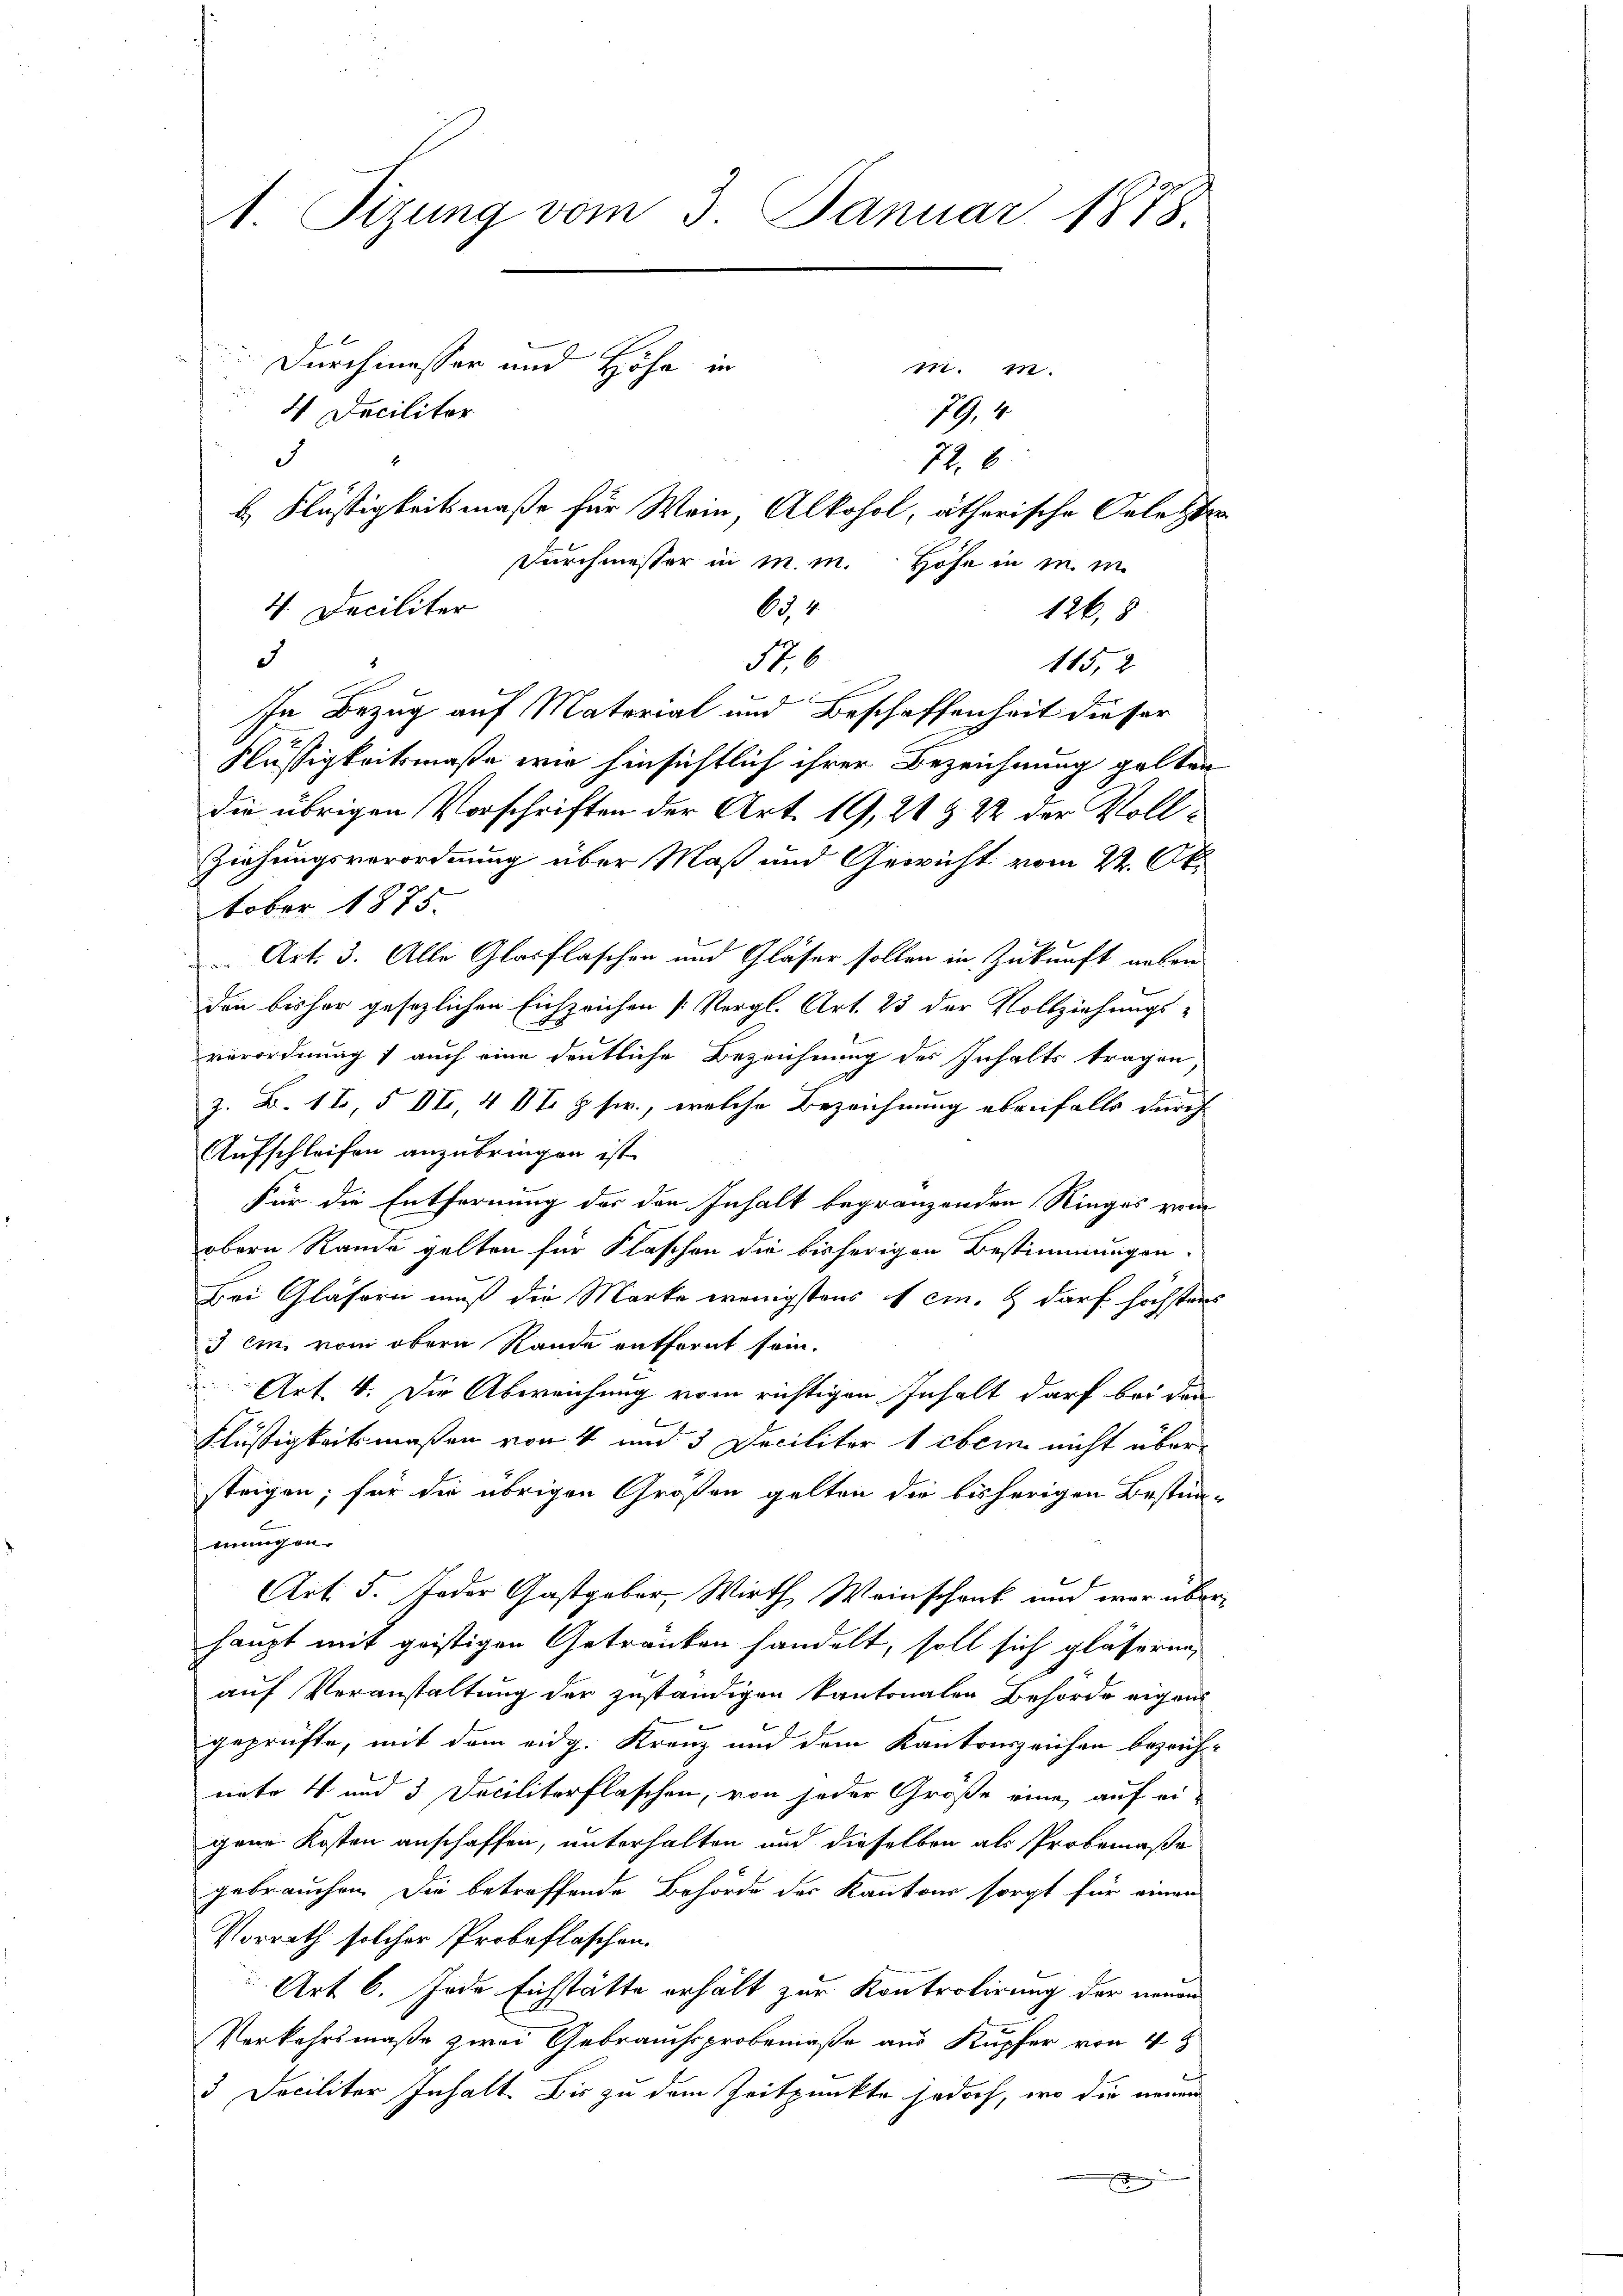
1. Sizung vom 3. Januar 1878.
Durchmesser und Höhe in
m. m.
4 Decilitär
79,4
d
72. 8
b. Flüssigkeitsmaße für Wein, Alkohol, ätherische Orletzter

Durchmesser in m. m. Höhe in in in
64
1268
57.6.
115, 2
In Bezug auf Material und Beschaffenheit dieser
Flüssigkeitsmaße wir hinsichtlich ihrer Bezeichnung gelten
die übrigen Vorschriften der Art. 19, 21 & 2 der Voll¬
Ziehungsverordnung über Maß und Gewicht vom 22. Oktober 1875.
Art. 3. Alle Glasflaschen und Gläser sollen in Zukunft neben
den bisher gesezlichen Eichzeichen [Vergl. Art. 25 der Vollziehungs-
verordnung ; auch eine deutliche Bezeichnung des Inhalts tragen,
b
z. B. 18, 5 VII, 4 t. h sr., welche Bezeichnung ebenfalls durch
Aufschleifen anzubringen ist.
Für die Entfernung der den Inhalt begränzenden Ringes vom
obern Rande gelten für Flaschen die bisherigen Bestimmungen-
Bei Gläsern muß die Marke wenigstens 1 cm. & darf höchstens
3 ein vom obern Rande entfernt sein.
Art. 4. Die Abweichung vom richtigen Inhalt darf bei den
l
Flüssigkeitsmaßen von 4 und 3 Deciliter 1 eben nicht übersteigen; für die übrigen Größen gelten die bisherigen Bestim-
verungen.
Art. 5. Jeder Gastgeber, Wirth Weinschank und war über
haupt mit geistigen Getranken handelt, soll sich gläseren,
auf Veranstaltung der zuständigen Kantonalen Behörde eigens
geprüfte, mit dem eidg. Kranz und dem Kantonszeichen bezeichuite 4 und 3. Decilitärflaschen, von jeder Größe eine auf ei-
gene Kosten anschaffen, unterhalten und dieselben als Probemaße
gebrauchen. Die betreffende Behörde des Kantons sorgt für einen
Vorrath solcher Probeflaschen.
Art 6. Jede Eichstätte erhält zur Kontrolirung der neuen
Verkehrsmaße zwei Gebrauchsprobemaße aus Kupfer von 4 t
3 Deciliter Inhalt. Bis zu dem Zeitpunkte jedoch, wo die neuen

4. Deciliter

d

1